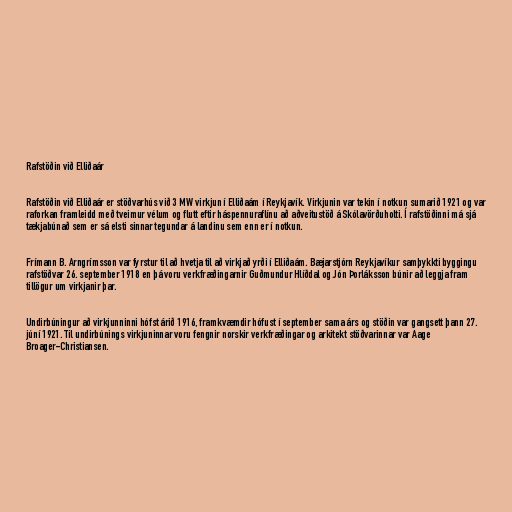
Rafstöðin við Elliðaár

Rafstöðin við Elliðaár er stöðvarhús við 3 MW virkjun í Elliðaám í Reykjavík. Virkjunin var tekin í notkun sumarið 1921 og var
raforkan framleidd með tveimur vélum og flutt eftir háspennuraflínu að aðveitustöð á Skólavörðuholti. Í rafstöðinni má sjá
tækjabúnað sem er sá elsti sinnar tegundar á landinu sem enn er í notkun.

Frímann B. Arngrímsson var fyrstur til að hvetja til að virkjað yrði í Elliðaám. Bæjarstjórn Reykjavíkur samþykkti byggingu
rafstöðvar 26. september 1918 en þá voru verkfræðingarnir Guðmundur Hlíðdal og Jón Þorláksson búnir að leggja fram
tillögur um virkjanir þar.

Undirbúningur að virkjunninni hófst árið 1916, framkvæmdir hófust í september sama árs og stöðin var gangsett þann 27.
júní 1921. Til undirbúnings virkjuninnar voru fengnir norskir verkfræðingar og arkitekt stöðvarinnar var Aage
Broager-Christiansen.